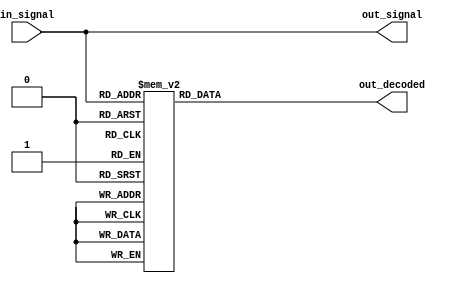
module priority_encoder_decoder(
    input [2:0] in_signal,
    output [2:0] out_signal,
    output [2:0] out_decoded
);

assign out_signal = {in_signal[2], in_signal[1], in_signal[0]};

always @(*)
begin
    case(out_signal)
        3'b000: out_decoded = 3'b000;
        3'b001: out_decoded = 3'b001;
        3'b010: out_decoded = 3'b010;
        3'b011: out_decoded = 3'b011;
        3'b100: out_decoded = 3'b100;
        3'b101: out_decoded = 3'b101;
        3'b110: out_decoded = 3'b110;
        3'b111: out_decoded = 3'b111;
    endcase
end

endmodule